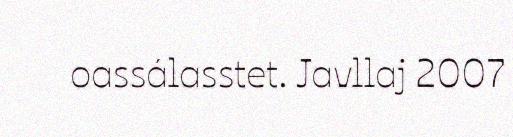
oassálasstet. Javllaj 2007